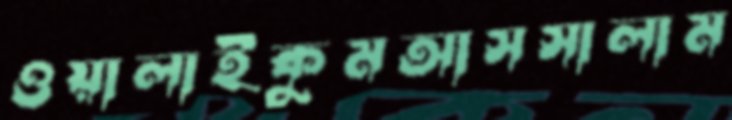
ওয়ালাইকুমআসসালাম